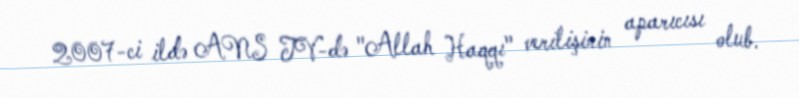
2007-ci ildə ANS TV-də "Allah Haqqı" verilişinin aparıcısı olub.